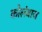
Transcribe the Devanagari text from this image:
कोलंबाज